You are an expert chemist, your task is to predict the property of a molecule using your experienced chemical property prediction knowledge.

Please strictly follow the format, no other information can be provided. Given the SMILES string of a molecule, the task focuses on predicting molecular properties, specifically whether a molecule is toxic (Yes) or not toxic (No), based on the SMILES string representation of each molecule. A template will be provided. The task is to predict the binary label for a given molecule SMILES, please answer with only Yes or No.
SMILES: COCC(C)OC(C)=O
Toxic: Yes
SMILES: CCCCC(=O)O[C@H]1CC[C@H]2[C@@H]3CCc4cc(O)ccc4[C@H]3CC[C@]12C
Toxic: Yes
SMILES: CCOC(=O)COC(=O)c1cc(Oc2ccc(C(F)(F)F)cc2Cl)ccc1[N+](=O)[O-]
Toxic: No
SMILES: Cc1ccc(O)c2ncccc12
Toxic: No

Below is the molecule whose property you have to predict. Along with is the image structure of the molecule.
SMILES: CC(COC(C)(C)C)OCCCO
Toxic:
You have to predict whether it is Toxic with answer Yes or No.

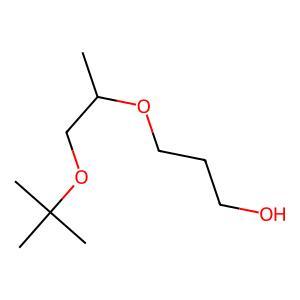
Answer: No